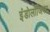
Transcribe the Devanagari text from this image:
इंडोलॉजिस्ट